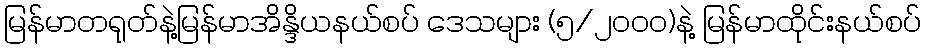
မြန်မာတရုတ်နဲ့မြန်မာအိန္ဒိယနယ်စပ် ဒေသများ (၅/၂၀၀၀)နဲ့ မြန်မာထိုင်းနယ်စပ်